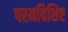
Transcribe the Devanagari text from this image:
परमविशिष्ट